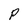
Character: P